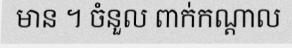
មាន ។ ចំនួល ពាក់កណ្តាល